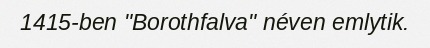
1415-ben "Borothfalva" néven emlytik.